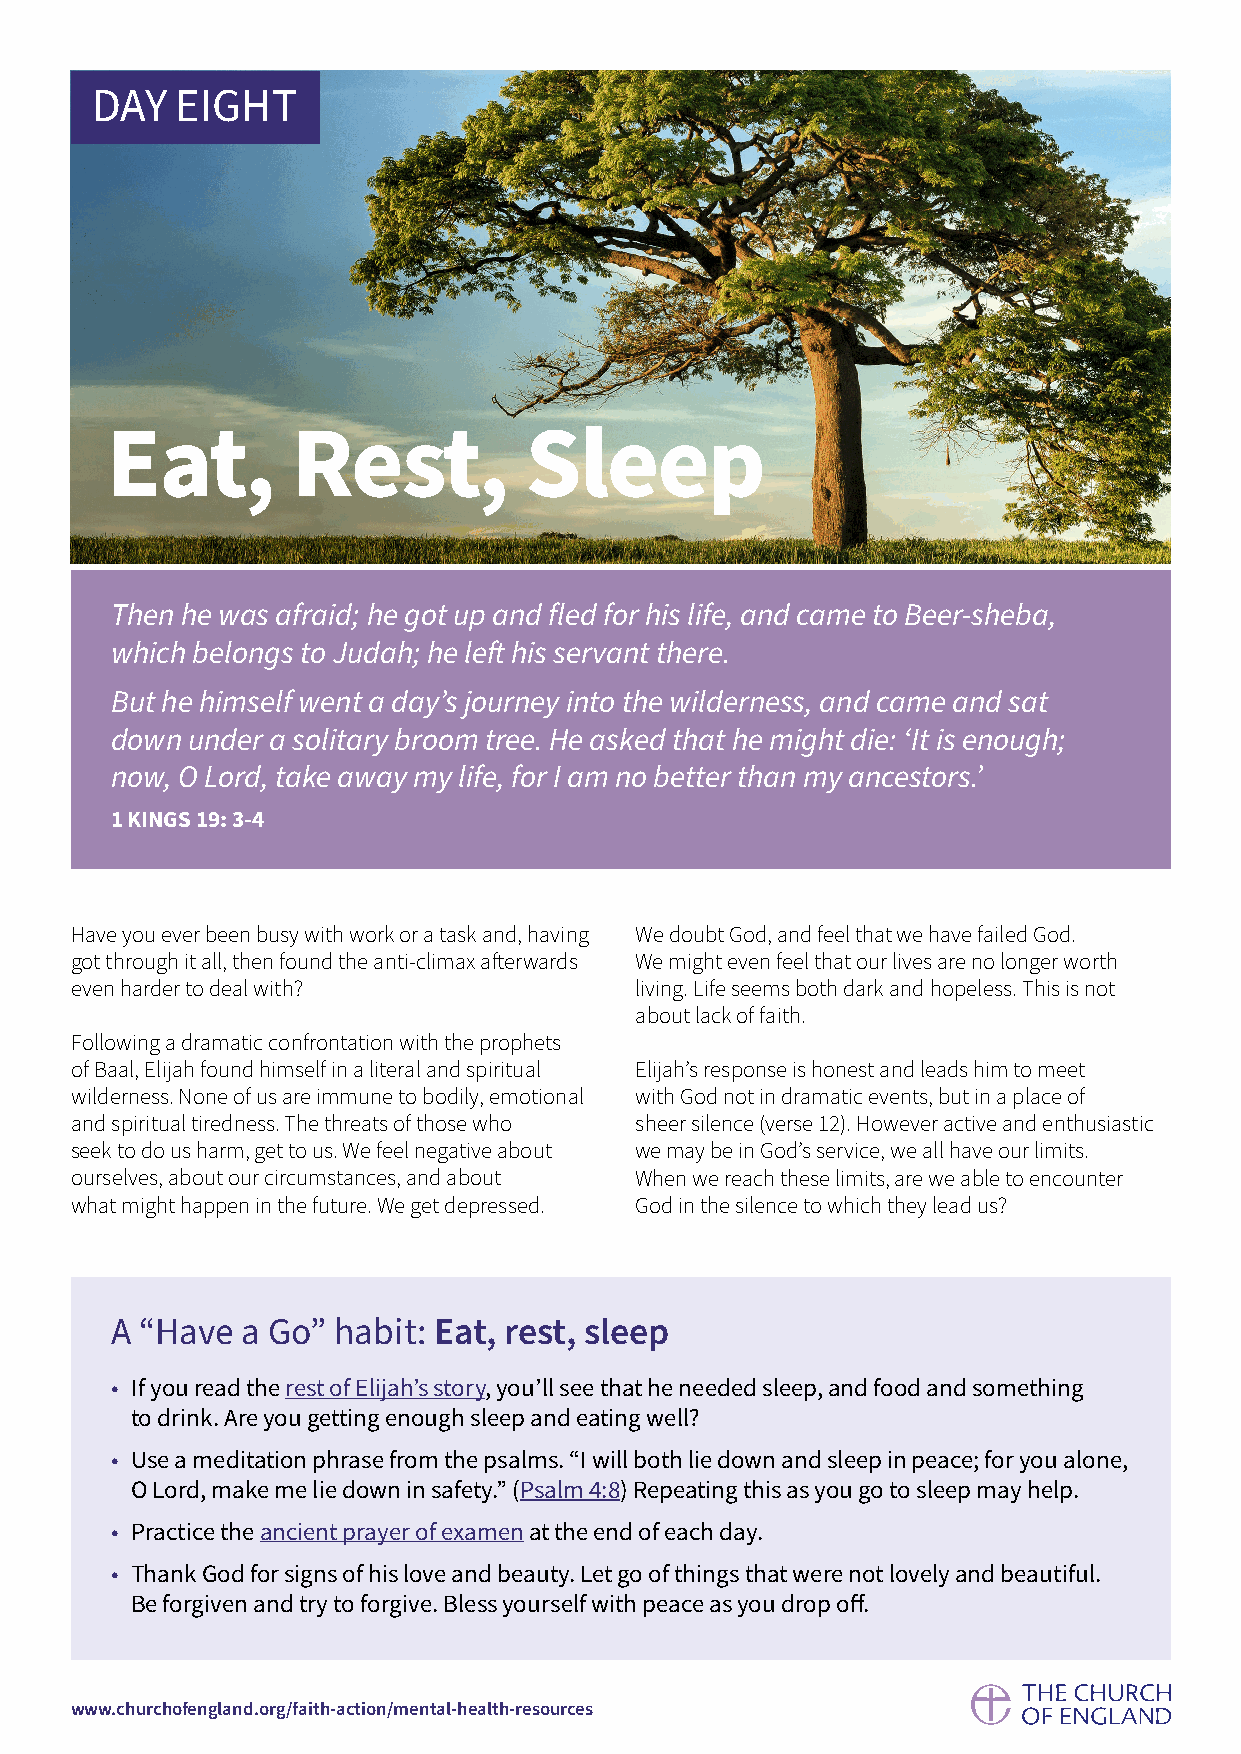
DAY   EIGHT
 Eat,        Rest,           Sleep
 Then he was afraid; he got up and fled for his life, and came to Beer-sheba,
 which belongs to Judah; he left his servant there.
 But he himself went a day’s journey into the wilderness, and came and sat
 down under a solitary broom tree. He asked that he might die: ‘It is enough;
 now, O Lord, take away my life, for I am no better than my ancestors.’
 1 KINGS 19: 3-4
 Have you ever been busy with work or a task and, having We doubt God, and feel that we have failed God.
 got through it all, then found the anti-climax afterwards We might even feel that our lives are no longer worth
 even harder to deal with?            living. Life seems both dark and hopeless. This is not
 about lack of faith.
 Following a dramatic confrontation with the prophets
 of Baal, Elijah found himself in a literal and spiritual Elijah’s response is honest and leads him to meet
 wilderness. None of us are immune to bodily, emotional with God not in dramatic events, but in a place of
 and spiritual tiredness. The threats of those who sheer silence (verse 12). However active and enthusiastic
 seek to do us harm, get to us. We feel negative about we may be in God’s service, we all have our limits.
 ourselves, about our circumstances, and about When we reach these limits, are we able to encounter
 what might happen in the future. We get depressed. God in the silence to which they lead us?
 A “Have  a Go” habit: Eat, rest, sleep
 • If you read the rest of Elijah’s story, you’ll see that he needed sleep, and food and something
 to drink. Are you getting enough sleep and eating well?
 • Use a meditation phrase from the psalms. “I will both lie down and sleep in peace; for you alone,
 O Lord, make me lie down in safety.” (Psalm 4:8) Repeating this as you go to sleep may help.
 • Practice the ancient prayer of examen at the end of each day.
 • Thank God for signs of his love and beauty. Let go of things that were not lovely and beautiful.
 Be forgiven and try to forgive. Bless yourself with peace as you drop off.
 www.churchofengland.org/faith-action/mental-health-resources